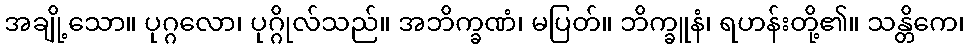
အချို့သော။ ပုဂ္ဂလော၊ ပုဂ္ဂိုလ်သည်။ အဘိက္ခဏံ၊ မပြတ်။ ဘိက္ခူနံ၊ ရဟန်းတို့၏။ သန္တိကေ၊